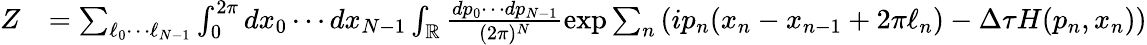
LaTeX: \begin{array}{rl}{Z}&{=\sum_{\ell_{0}\cdots\ell_{N-1}}\int_{0}^{2\pi}dx_{0}\cdots dx_{N-1}\int_{\mathbb{R}}\frac{dp_{0}\cdots dp_{N-1}}{(2\pi)^{N}}\exp\sum_{n}\left(ip_{n}(x_{n}-x_{n-1}+2\pi\ell_{n})-\Delta\tau H(p_{n},x_{n})\right)}\end{array}